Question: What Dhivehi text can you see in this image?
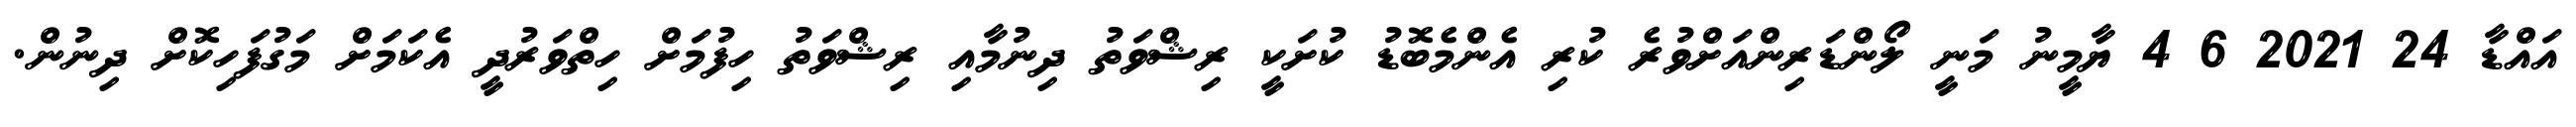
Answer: އައްޑާ 24 2021 6 4 ޔާމީނު މަނީ ލޯންޑަރިންއަށްވުރެ ކުރި އެންމެބޮޑު ކުށަކީ ރިޝްވަތު ދިނުމާއި ރިޝްވަތު ހިފުމަށް ހިތްވަރުދީ އެކަމަށް މަގުފަހިކޮށް ދިނުން.